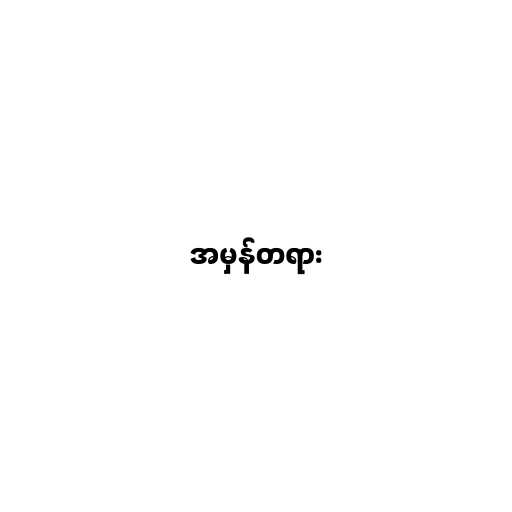
အမှန်တရား